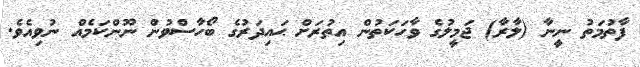
ފާތުމަތު ނީނާ (ލާރާ) ޖަމީލުގެ ވާހަކަތުން އިތުރަށް ޙައިދަރުގެ ބޯހާސްވުން ނޫންކަމެއް ނުވިއެވެ.